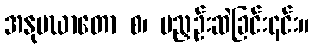
အနုပဃာတော စ၊ မညှဉ်းဆဲခြင်း၎င်း။